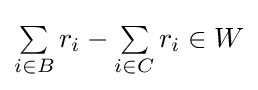
{\textstyle \textstyle \sum \limits _{i\in B}r_{i}-\textstyle \sum \limits _{i\in C}r_{i}\in W}